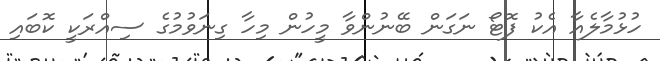
ހުޅުމާލެއާ އެކު ފޮޓޯ ނަގަން ބޭނުންވާ މީހުން މިހާ ގިނަވުމުގެ ސިއްރަކީ ކޮބައި